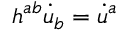
h ^ { a b } \dot { u } _ { b } = \dot { u } ^ { a }